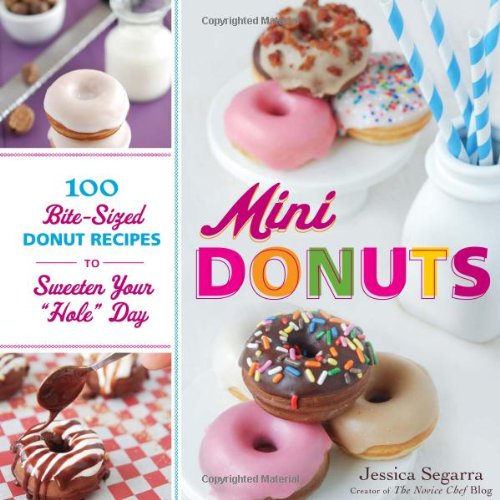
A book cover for Mini Donuts: 100 Bite-Sized Donut Recipes to Sweeten Your "Hole" Day; Jessica Segarra; Cookbooks, Food & Wine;